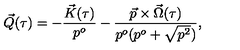
\vec { Q } ( \tau ) = - \frac { \vec { K } ( \tau ) } { p ^ { o } } - \frac { \vec { p } \times \vec { \Omega } ( \tau ) } { p ^ { o } ( p ^ { o } + \sqrt { p ^ { 2 } } ) } ,